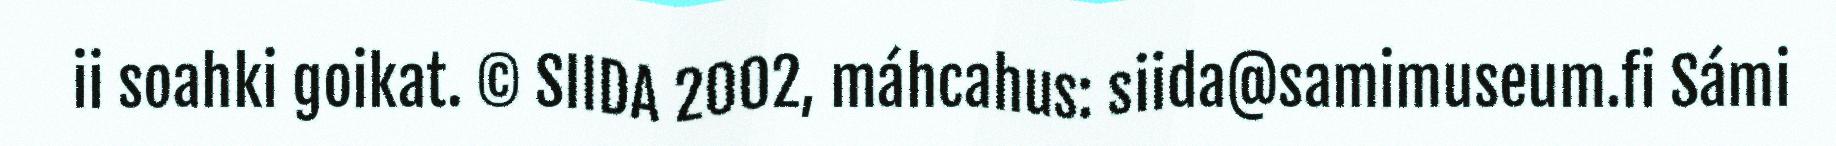
ii soahki goikat. © SIIDA 2002, máhcahus: siida@samimuseum.fi Sámi